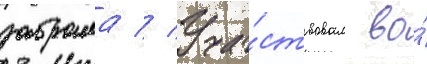
забрала // Уча́ствовал во́